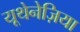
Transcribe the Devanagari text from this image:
यूथेनेज़िया